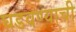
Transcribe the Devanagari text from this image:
घडवण्याची